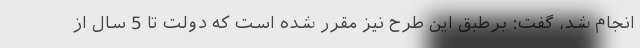
انجام شد، گفت: برطبق این طرح نیز مقرر شده است که دولت تا 5 سال از